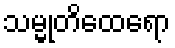
သမ္မုတိထေရော